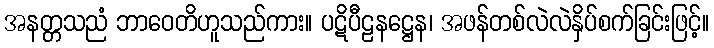
အနတ္တသညံ ဘာဝေတိဟူသည်ကား။ ပဋိပီဠနဋ္ဌေန၊ အဖန်တစ်လဲလဲနှိပ်စက်ခြင်းဖြင့်။